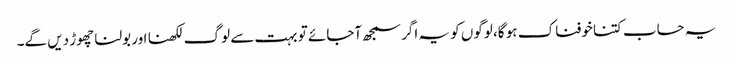
یہ حساب کتنا خوفناک ہو گا، لوگوں کو یہ اگر سمجھ آجائے تو بہت سے لوگ لکھنا اور بولنا چھوڑ دیں گے۔